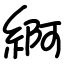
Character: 䋪